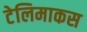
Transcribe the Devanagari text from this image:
टेलिमाकस